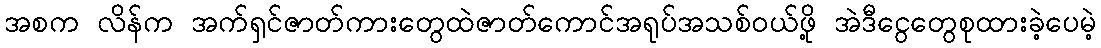
အစက လိန်က အက်ရှင်ဇာတ်ကားတွေထဲဇာတ်ကောင်အရုပ်အသစ်ဝယ်ဖို့ အဲဒီငွေတွေစုထားခဲ့ပေမဲ့